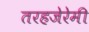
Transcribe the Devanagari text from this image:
तरहजेरेमी